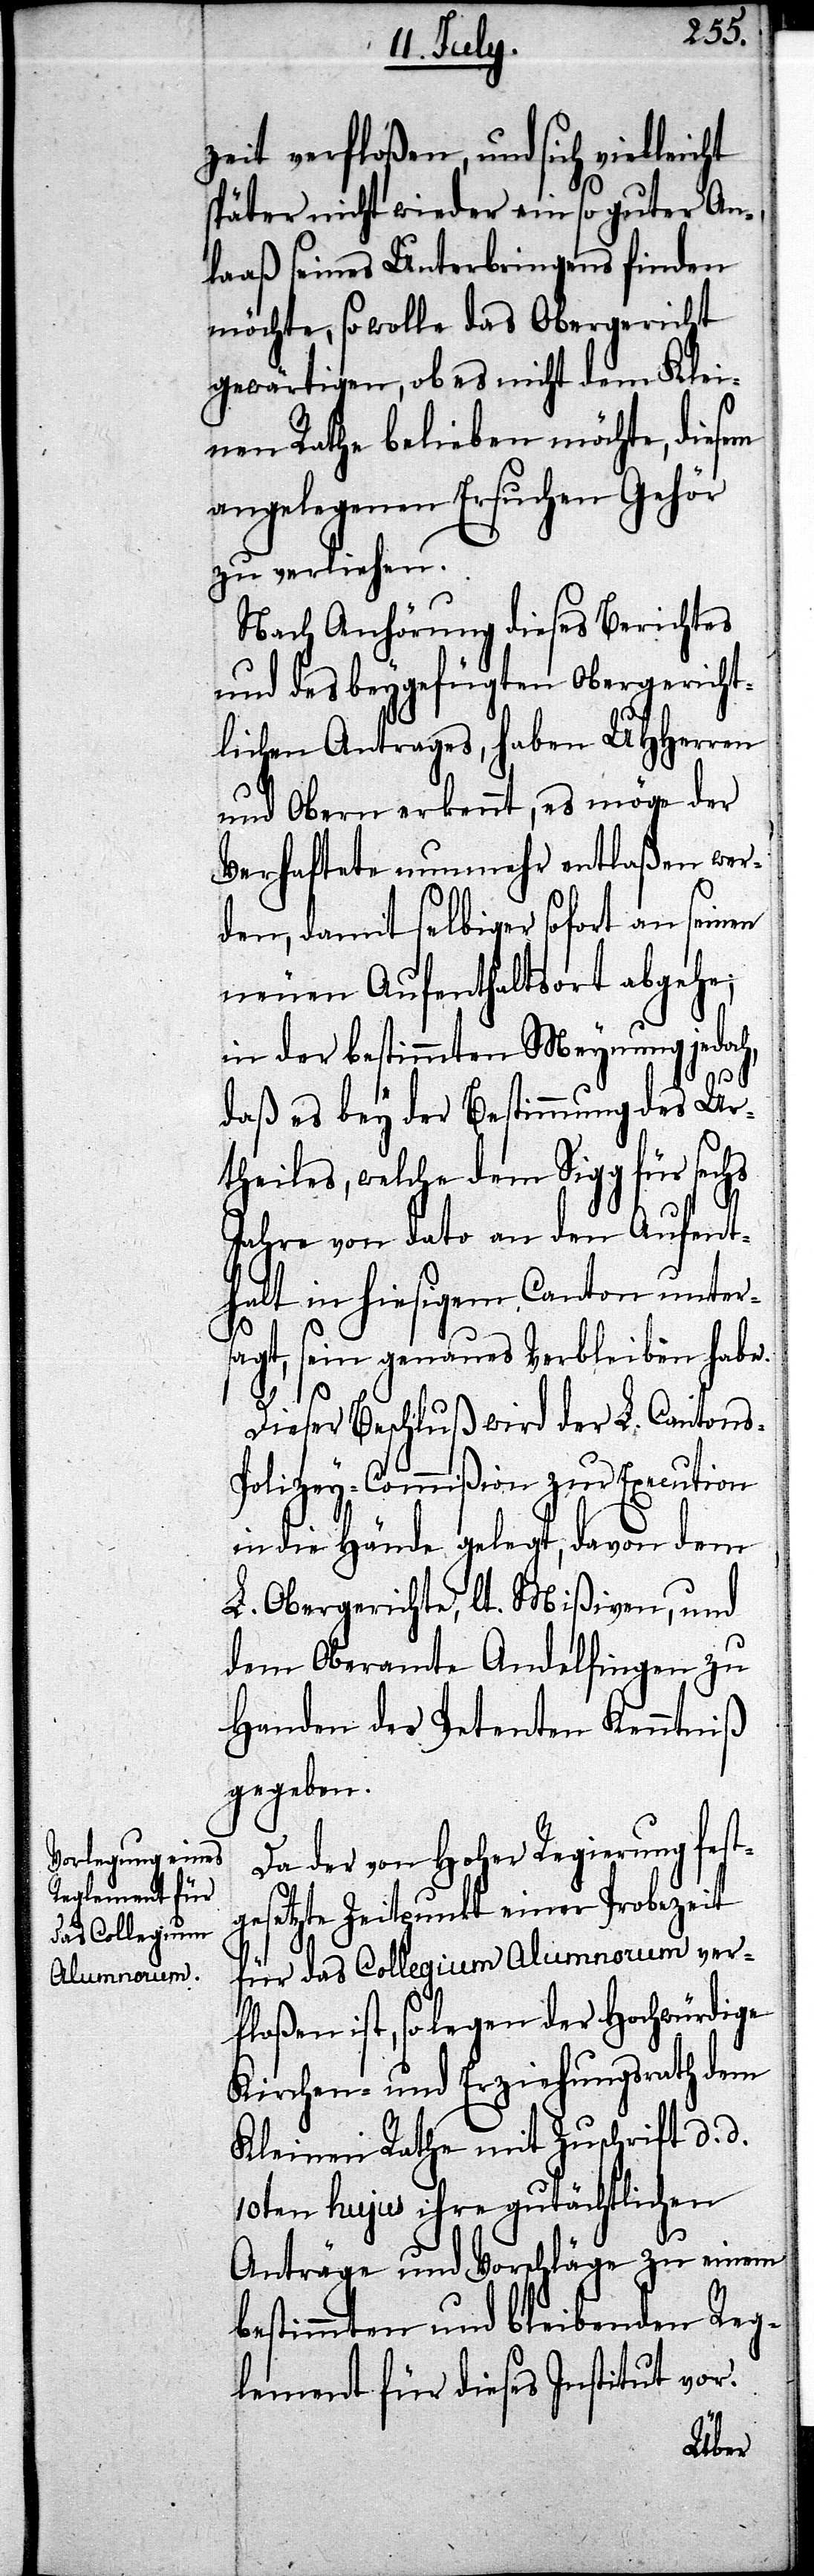
zeit verfloßen, und sich vielleicht
später nicht wieder ein so guter An¬
laaß seines Unterbringens finden
möchte, so wolle das Obergericht
gewärtigen, ob es nicht dem Klei¬
nen Rathe belieben möchte, diesem
angelegenen Ersuchen Gehör
zu verleihen.
Nach Anhörung dieses Berichtes
und des beygefügten Obergericht¬
lichen Antrages, haben UHHerren
und Obern erkennt, es möge der
Verhaftete nunmehr entlaßen wer¬
den, damit selbiger sofort an seinen
neuen Aufenthaltsort abgehe;
in der bestimmten Meynung jedoch,
daß es bey der Bestimmung des Ur¬
theils, welche dem Sigg für sechs
Jahre von dato an den Aufent¬
halt in hiesigem Canton unters¬
agt, sein genaues Verbleiben habe.
Dieser Beschluß wird der L. Cantons-P¬
olizey-Commißion zu Execution
in die Hände gelegt, davon dem
L. Obergerichte, lt. Mißiven, und
dem Oberamte Andelfingen zu
Handen des Petenten Kenntniß
gegeben.
Da der von Hoher Regierung fest¬
gesetzte Zeitpunkt einer Probezeit
für das Collegium Alumnorum ver¬
floßen ist, so lagen der Hochwürdige
Kirchen- und Erziehungsrath dem
Kleinen Rathe mit Zuschrift d. d.
10ten hujus ihre gutächtlichen
Anträge und Vorschläge zu einem
bestimmten und bleibenden Reg¬
lement für dieses Institut vor.